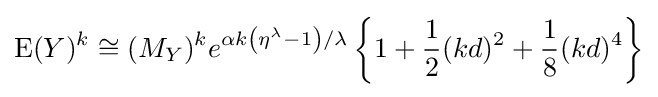
\operatorname {E} (Y)^{k}\cong (M_{Y})^{k}e^{\alpha k\left(\eta ^{\lambda }-1\right)/\lambda }\left\{1+{\frac {1}{2}}(kd)^{2}+{\frac {1}{8}}(kd)^{4}\right\}